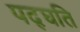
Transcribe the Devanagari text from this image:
पद्घति